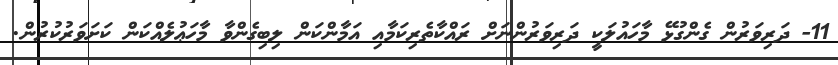
11- ދަރިވަރުން ގެންގުޅޭ މާހައުލަކީ ދަރިވަރުންނަށް ރައްކާތެރިކަމާއި އަމާންކަން ލިބިގެންވާ މާހަޢުލެއްކަން ކަށަވަރުކުރުން.